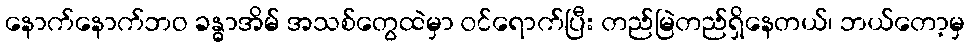
နောက်နောက်ဘဝ ခန္ဓာအိမ် အသစ်တွေထဲမှာ ဝင်ရောက်ပြီး တည်မြဲတည်ရှိနေတယ်၊ ဘယ်တော့မှ